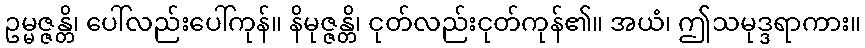
ဥမ္မဇ္ဇန္တိ၊ ပေါ်လည်းပေါ်ကုန်။ နိမုဇ္ဇန္တိ၊ ငုတ်လည်းငုတ်ကုန်၏။ အယံ၊ ဤသမုဒ္ဒရာကား။